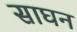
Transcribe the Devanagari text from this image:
साघन